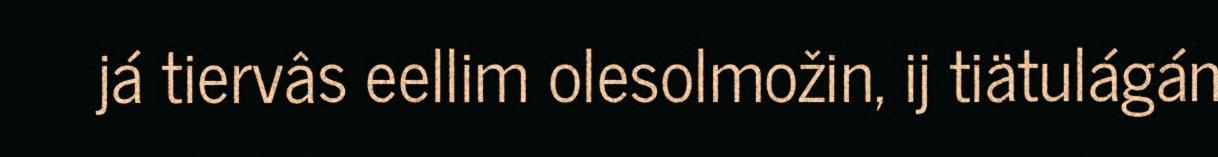
já tiervâs eellim olesolmožin, ij tiätulágán